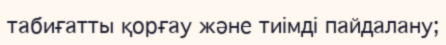
табиғатты қорғау және тиімді пайдалану;